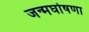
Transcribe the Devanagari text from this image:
जन्मघोषणा